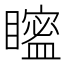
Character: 𥋱